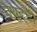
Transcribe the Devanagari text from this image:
नेथुट्टी